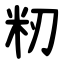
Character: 籾